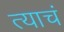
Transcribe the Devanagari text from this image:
त्‍याचं